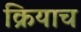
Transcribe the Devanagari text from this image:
क्रियाच